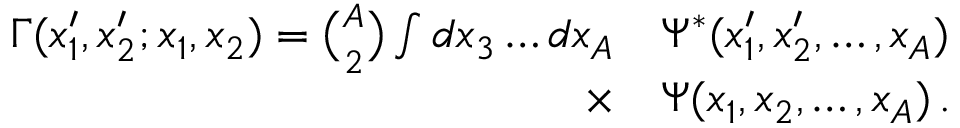
\begin{array} { r l } { \Gamma ( x _ { 1 } ^ { \prime } , x _ { 2 } ^ { \prime } ; x _ { 1 } , x _ { 2 } ) = { \binom { A } { 2 } } \int d x _ { 3 } \ldots d x _ { A } } & { \Psi ^ { * } ( x _ { 1 } ^ { \prime } , x _ { 2 } ^ { \prime } , \ldots , x _ { A } ) } \\ { \times } & { \Psi ( x _ { 1 } , x _ { 2 } , \ldots , x _ { A } ) \, . } \end{array}